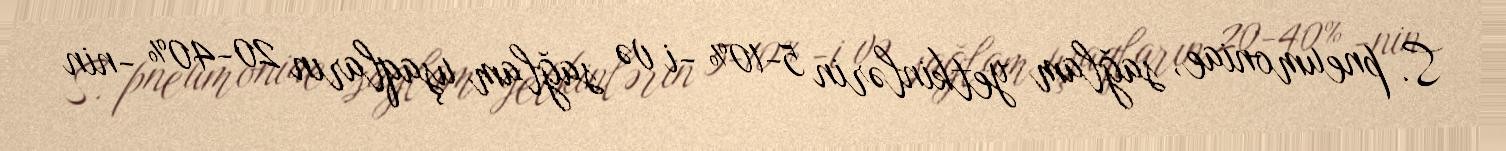
S. pneumoniae, sağlam yetkinlərin 5-10% -i və sağlam uşaqların 20-40% -nin